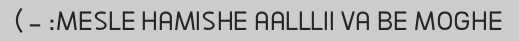
MESLE HAMISHE AALLLII VA BE MOGHE: -)